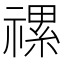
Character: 𥛧